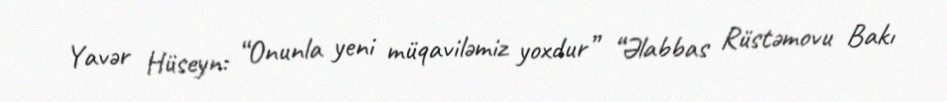
Yavər Hüseyn: “Onunla yeni müqaviləmiz yoxdur” “Əlabbas Rüstəmovu Bakı